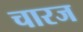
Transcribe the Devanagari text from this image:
चारज